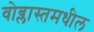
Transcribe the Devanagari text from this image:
वोब्लास्तमधील